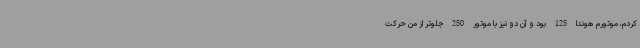
کردم، موتورم هوندا 125 بود و آن دو نیز با موتور 250 جلوتر از من حرکت